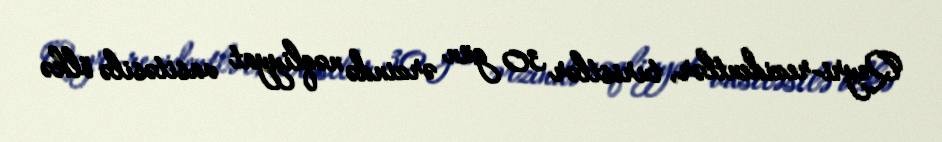
Qeyri-rezidentlər, turistlər 30 gün ərzində nəqliyyat vasitəsilə ölkə